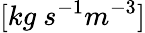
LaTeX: [kg\ s^{-1}m^{-3}]